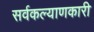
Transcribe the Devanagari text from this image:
सर्वकल्याणकारी